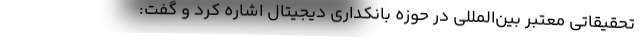
تحقیقاتی معتبر بین‌المللی در حوزه بانکداری دیجیتال اشاره کرد و گفت: